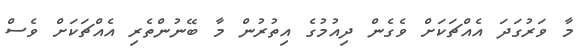
މާ ވަރުގަދަ އެއްޗަކަށް ވެގެން ދިއުމުގެ އިތުރުން މާ ބޭނުންތެރި އެއްޗަކަށް ވެސް